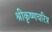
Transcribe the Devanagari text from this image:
श्रीकृष्णचरित्र